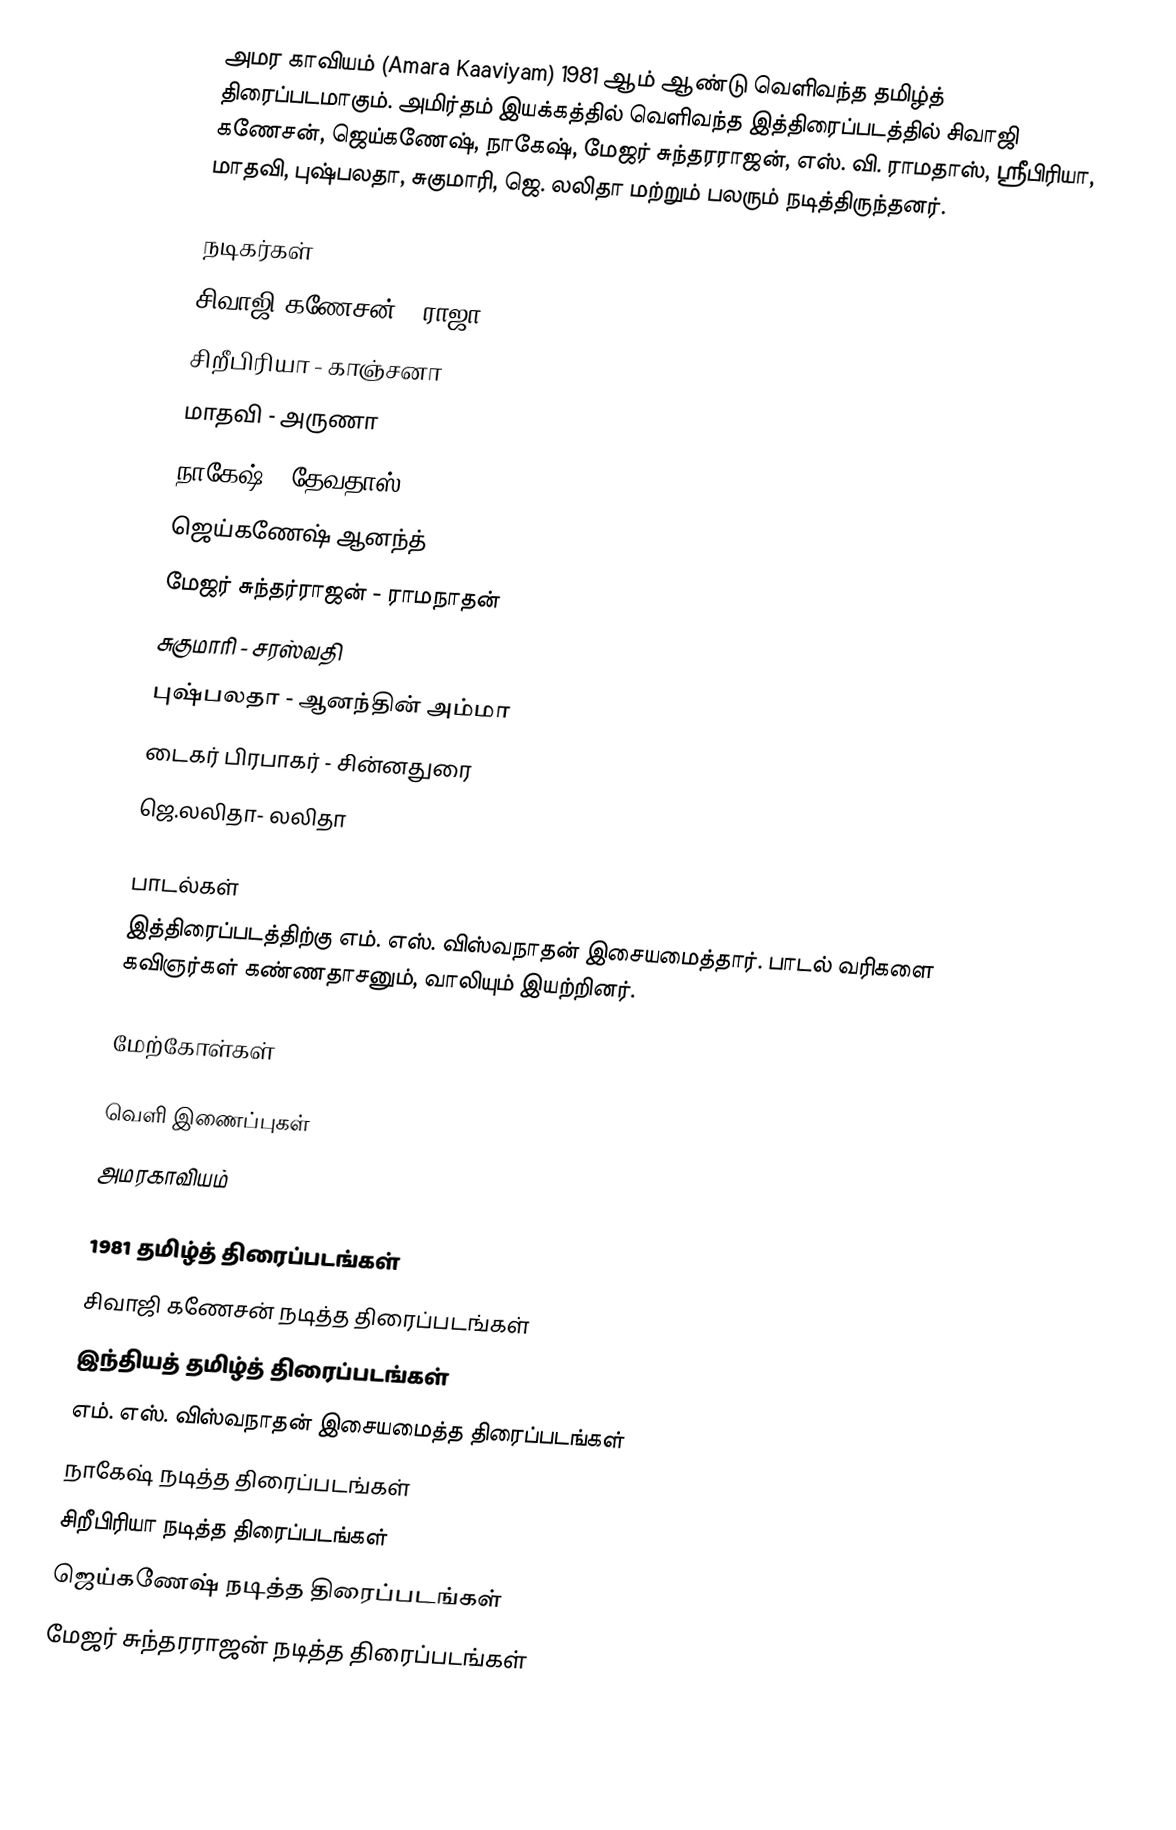
அமர காவியம் (Amara Kaaviyam) 1981 ஆம் ஆண்டு வெளிவந்த தமிழ்த் திரைப்படமாகும். அமிர்தம் இயக்கத்தில் வெளிவந்த இத்திரைப்படத்தில் சிவாஜி கணேசன், ஜெய்கணேஷ், நாகேஷ், மேஜர் சுந்தரராஜன், எஸ். வி. ராமதாஸ், ஸ்ரீபிரியா, மாதவி, புஷ்பலதா, சுகுமாரி, ஜெ. லலிதா மற்றும் பலரும் நடித்திருந்தனர்.

நடிகர்கள்
 சிவாஜி கணேசன் - ராஜா
 சிறீபிரியா - காஞ்சனா
 மாதவி - அருணா
 நாகேஷ் - தேவதாஸ்
 ஜெய்கணேஷ் ஆனந்த்
 மேஜர் சுந்தர்ராஜன் - ராமநாதன்
 சுகுமாரி - சரஸ்வதி
 புஷ்பலதா - ஆனந்தின் அம்மா
 டைகர் பிரபாகர் - சின்னதுரை
 ஜெ.லலிதா- லலிதா

பாடல்கள்
இத்திரைப்படத்திற்கு எம். எஸ். விஸ்வநாதன் இசையமைத்தார். பாடல் வரிகளை கவிஞர்கள் கண்ணதாசனும், வாலியும் இயற்றினர்.

மேற்கோள்கள்

வெளி இணைப்புகள்
 அமரகாவியம்

1981 தமிழ்த் திரைப்படங்கள்
சிவாஜி கணேசன் நடித்த திரைப்படங்கள்
இந்தியத் தமிழ்த் திரைப்படங்கள்
எம். எஸ். விஸ்வநாதன் இசையமைத்த திரைப்படங்கள்
நாகேஷ் நடித்த திரைப்படங்கள்
சிறீபிரியா நடித்த திரைப்படங்கள்
ஜெய்கணேஷ் நடித்த திரைப்படங்கள்
மேஜர் சுந்தரராஜன் நடித்த திரைப்படங்கள்